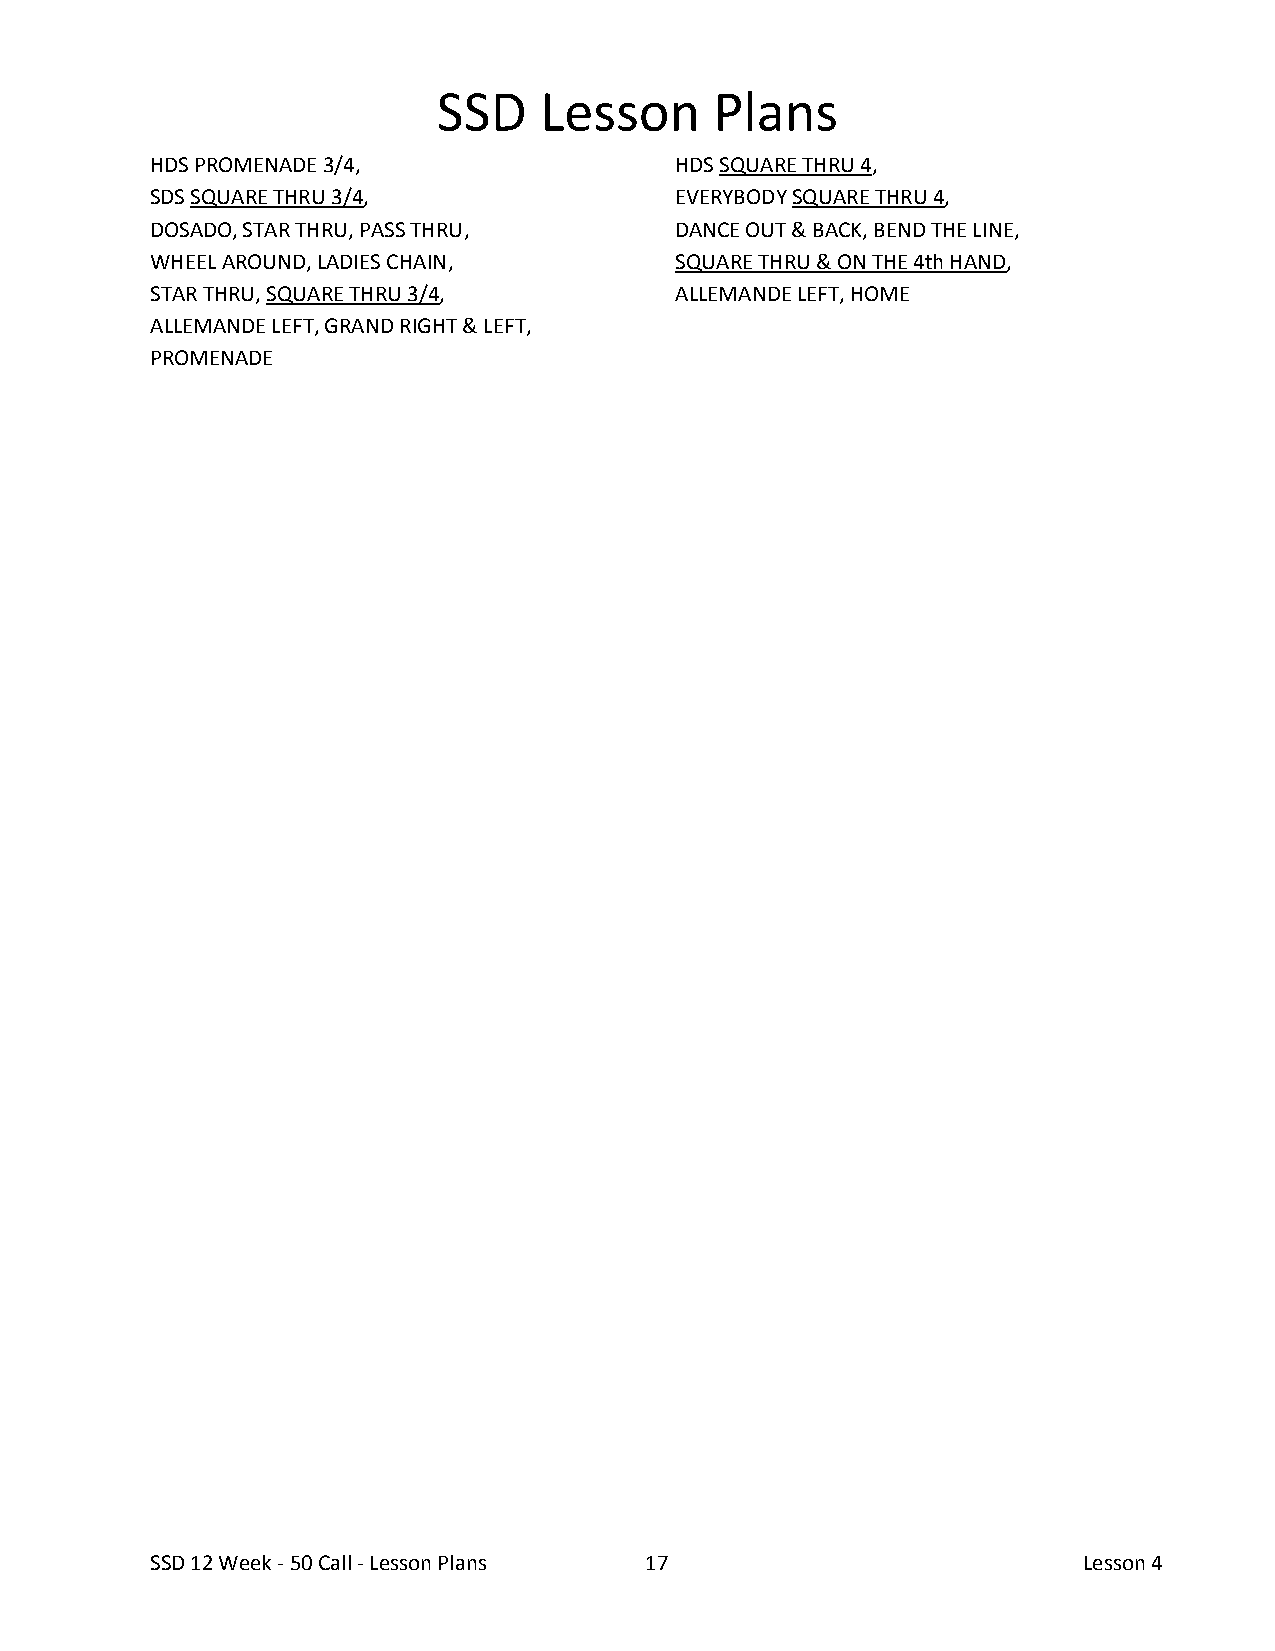
SSD    Lesson     Plans
 HDS PROMENADE 3/4,                 HDS SQUARE THRU 4,
 SDS SQUARE THRU 3/4,               EVERYBODY SQUARE THRU 4,
 DOSADO, STAR THRU, PASS THRU,      DANCE OUT & BACK, BEND THE LINE,
 WHEEL AROUND, LADIES CHAIN,        SQUARE THRU & ON THE 4th HAND,
 STAR THRU, SQUARE THRU 3/4,        ALLEMANDE LEFT, HOME
 ALLEMANDE LEFT, GRAND RIGHT & LEFT,
 PROMENADE
 SSD 12 Week - 50 Call - Lesson Plans 17                       Lesson 4